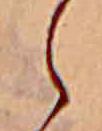
ら